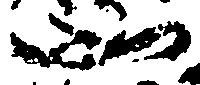
如